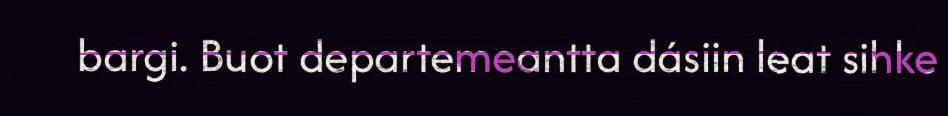
bargi. Buot departemeantta dásiin leat sihke